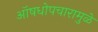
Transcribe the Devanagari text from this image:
ऑषधोपचारामुळे